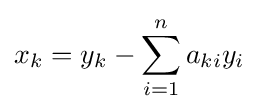
x_{k}=y_{k}-\sum _{i=1}^{n}a_{ki}y_{i}